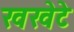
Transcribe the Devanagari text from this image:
खखेटे